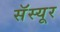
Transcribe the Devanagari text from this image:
सॅस्यूर